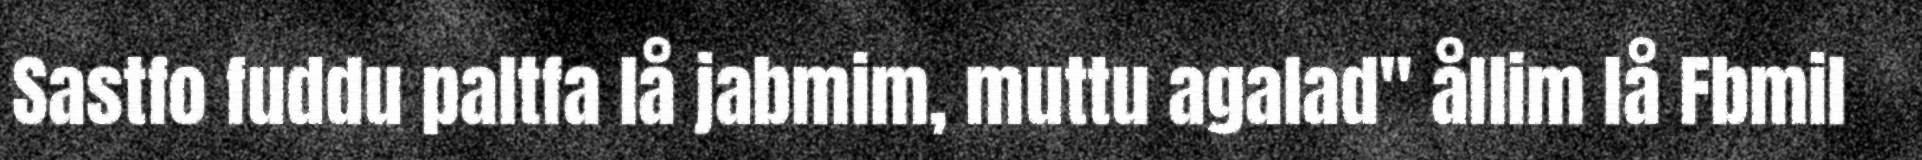
Sastfo fuddu paltfa lå jabmim, muttu agalad" ållim lå Fbmil